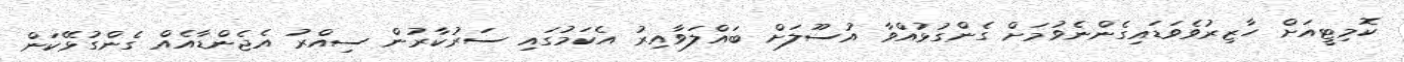
ކޮމިޓީއަށް ހާޒިރުވެވަޑައިގެންނެވުމަށް ގެންގުޅުއްވާ އުސޫލަށް ބައްލަވާއިރު އެކަމުގައި ސަރުކާރުން ސިއްރު އެޖެންޑާއެއް ގެންގުޅޭކަން